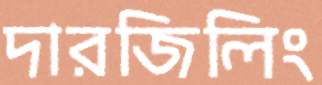
দারজিলিং